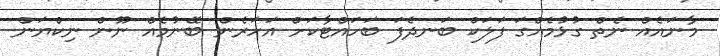
މާނައެއް ނެތް ގުޅުމެއްގަ ފަލަކް ބަނދެފަ ބަހައްޓާކަށް އަހަރެން ބޭނުމެއް ނޫން ނިކްޔަން